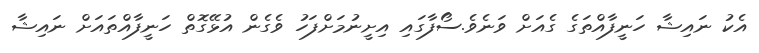
އެކު ނައިޝާ ހަނީފާއްތަގެ ގެއަށް ވަނެވެ.ސޯފާގައި އިށީނުމަށްފަހު ވެގެން އުޅޭގޮތް ހަނީފާއްތައަށް ނައިޝާ